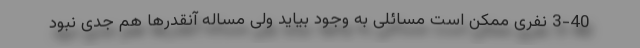
3-40 نفری ممکن است مسائلی به وجود بیاید ولی مساله آنقدرها هم جدی نبود